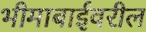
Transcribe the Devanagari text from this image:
भीमाबाईवरील